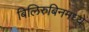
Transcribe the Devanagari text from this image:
बिलिरुबिनमध्ये